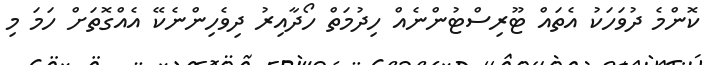
ކޮންމެ ދުވަހަކު އެތައް ޓޫރިސްޓުންނެއް ހިދުމަތް ހޯދާއިރު ދިވެހިންނެކޭ އެއްގޮތަށް ހަމަ މި